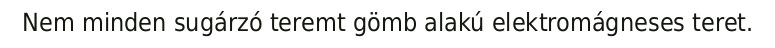
Nem minden sugárzó teremt gömb alakú elektromágneses teret.